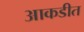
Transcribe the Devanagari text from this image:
आकडीत